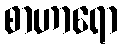
စာဟာရော